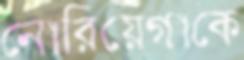
নোরিয়েগাকে